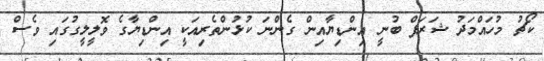
ކޯޗު މުހައްމަދު ޝަރަފް ބުނީ އިންޑިޔާއިން ގެންނަ ކުޅުންތެރިއަކީ އިންޑިޔާގެ ވޮލީލީގުގައި ވެސް